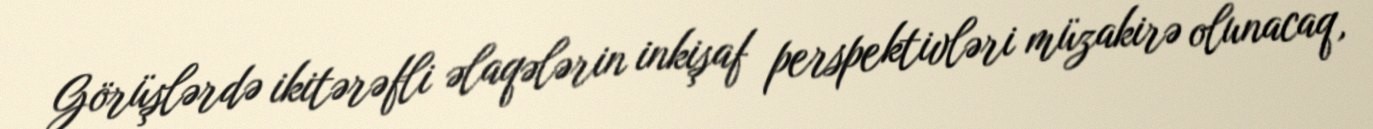
Görüşlərdə ikitərəfli əlaqələrin inkişaf perspektivləri müzakirə olunacaq,